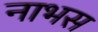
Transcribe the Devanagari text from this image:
नाभस